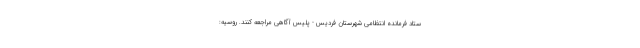
ستاد فرمانده انتظامی شهرستان فردیس - پلیس آگاهی مراجعه کنند. روسیه: